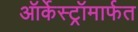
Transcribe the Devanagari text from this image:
ऑर्केस्ट्रॉमार्फत